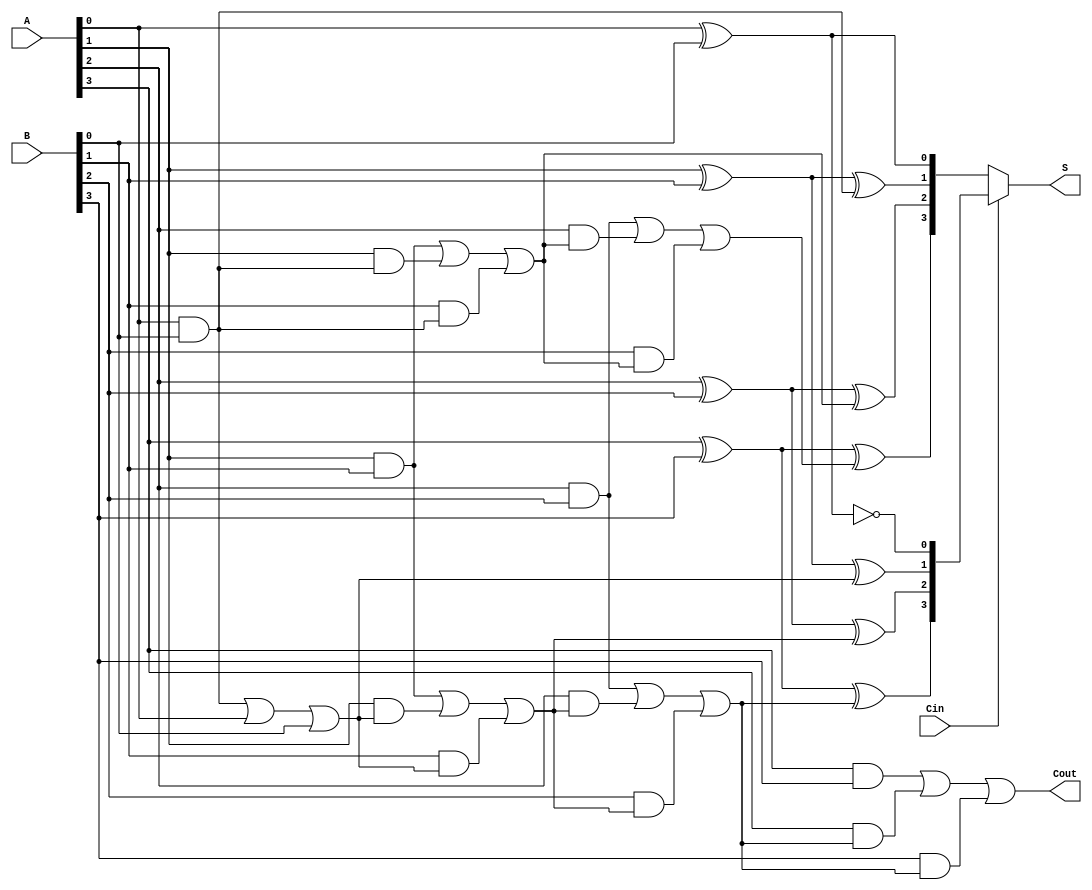
module conditional_sum_adder #(parameter N = 4) (
    input  wire [N-1:0] A,      // First n-bit input
    input  wire [N-1:0] B,      // Second n-bit input
    input  wire Cin,             // Carry-in
    output wire [N-1:0] S,       // Sum output
    output wire Cout             // Carry-out
);

    // Internal wires for sums and carries
    wire [N-1:0] S0, S1;         // Sums assuming carry-in is 0 and 1
    wire [N-1:0] C0, C1;         // Carry signals assuming carry-in is 0 and 1
    wire [N-1:0] C;              // Actual carry signals
    wire [N-1:0] S_final;        // Final sum output based on carry selection

    // Full adder logic for each bit
    genvar i;
    generate
        for (i = 0; i < N; i = i + 1) begin : full_adder_group
            if (i == 0) begin
                // First full adder
                assign S0[i] = A[i] ^ B[i] ^ 1'b0; // S assuming C=0
                assign S1[i] = A[i] ^ B[i] ^ 1'b1; // S assuming C=1
                assign C0[i] = (A[i] & B[i]) | (A[i] & 1'b0) | (B[i] & 1'b0); // C assuming C=0
                assign C1[i] = (A[i] & B[i]) | (A[i] & 1'b1) | (B[i] & 1'b1); // C assuming C=1
            end else begin
                // Subsequent full adders
                assign S0[i] = A[i] ^ B[i] ^ C0[i-1]; // S assuming C=0
                assign S1[i] = A[i] ^ B[i] ^ C1[i-1]; // S assuming C=1
                assign C0[i] = (A[i] & B[i]) | (A[i] & C0[i-1]) | (B[i] & C0[i-1]); // C assuming C=0
                assign C1[i] = (A[i] & B[i]) | (A[i] & C1[i-1]) | (B[i] & C1[i-1]); // C assuming C=1
            end
        end
    endgenerate

    // Carry select logic
    assign C[0] = Cin;
    assign S_final = (C[0] == 1'b0) ? S0 : S1;

    // Final carry-out
    assign Cout = C1[N-1];

    // Final sum output
    assign S = S_final;

endmodule